Problem: 16 + 39 = ?
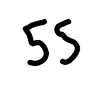
Handwritten answer: 55